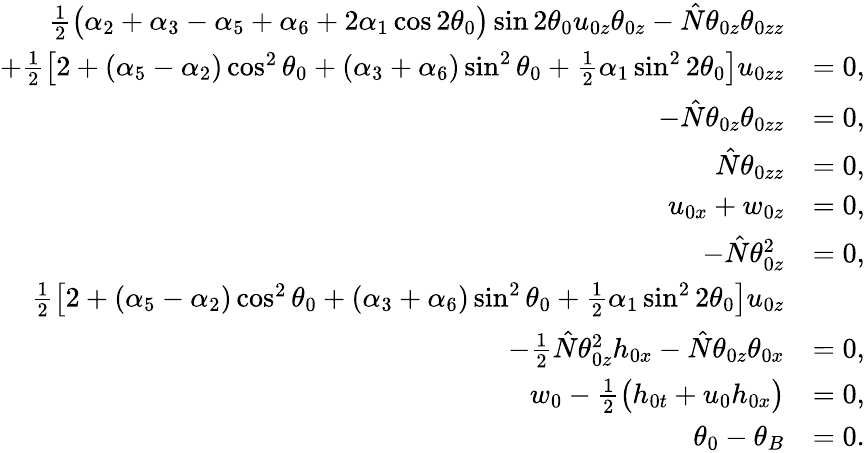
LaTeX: \begin{array}{rl}{\frac{1}{2}\big(\alpha_{2}+\alpha_{3}-\alpha_{5}+\alpha_{6}+2\alpha_{1}\cos{2\theta_{0}}\big)\sin{2\theta_{0}}u_{0z}\theta_{0z}-\hat{N}\theta_{0z}\theta_{0zz}}\\ {+\frac{1}{2}\left[2+(\alpha_{5}-\alpha_{2})\cos^{2}{\theta_{0}}+(\alpha_{3}+\alpha_{6})\sin^{2}{\theta_{0}}+\frac{1}{2}\alpha_{1}\sin^{2}{2\theta_{0}}\right]u_{0zz}}&{=0,}\\ {-\hat{N}\theta_{0z}\theta_{0zz}}&{=0,}\\ {\hat{N}\theta_{0zz}}&{=0,}\\ {u_{0x}+w_{0z}}&{=0,}\\ {-\hat{N}\theta_{0z}^{2}}&{=0,}\\ {\frac{1}{2}\left[2+(\alpha_{5}-\alpha_{2})\cos^{2}{\theta_{0}}+(\alpha_{3}+\alpha_{6})\sin^{2}{\theta_{0}}+\frac{1}{2}\alpha_{1}\sin^{2}{2\theta_{0}}\right]u_{0z}}\\ {-\frac{1}{2}\hat{N}\theta_{0z}^{2}h_{0x}-\hat{N}\theta_{0z}\theta_{0x}}&{=0,}\\ {w_{0}-\frac{1}{2}\big(h_{0t}+u_{0}h_{0x}\big)}&{=0,}\\ {\theta_{0}-\theta_{B}}&{=0.}\end{array}